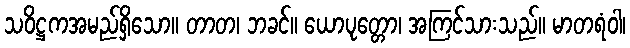
သဝိဋ္ဌကအမည်ရှိသော။ တာတ၊ ဘခင်။ ယောပုတ္တော၊ အကြင်သားသည်။ မာတရံဝါ၊